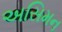
અસિમન